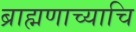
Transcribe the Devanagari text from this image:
ब्राह्मणाच्याचि